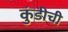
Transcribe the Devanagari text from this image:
कुंडीची